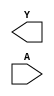
module sky130_fd_sc_ms__clkdlyinv3sd2 (
    Y,
    A
);

    output Y;
    input  A;

    // Voltage supply signals
    supply1 VPWR;
    supply0 VGND;
    supply1 VPB ;
    supply0 VNB ;

endmodule